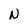
Character: N